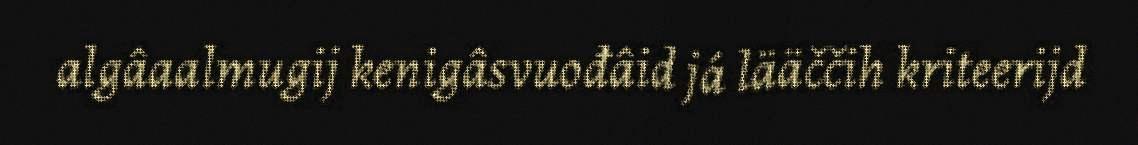
algâaalmugij kenigâsvuođâid já lääččih kriteerijd